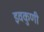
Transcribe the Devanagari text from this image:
इवकुणी